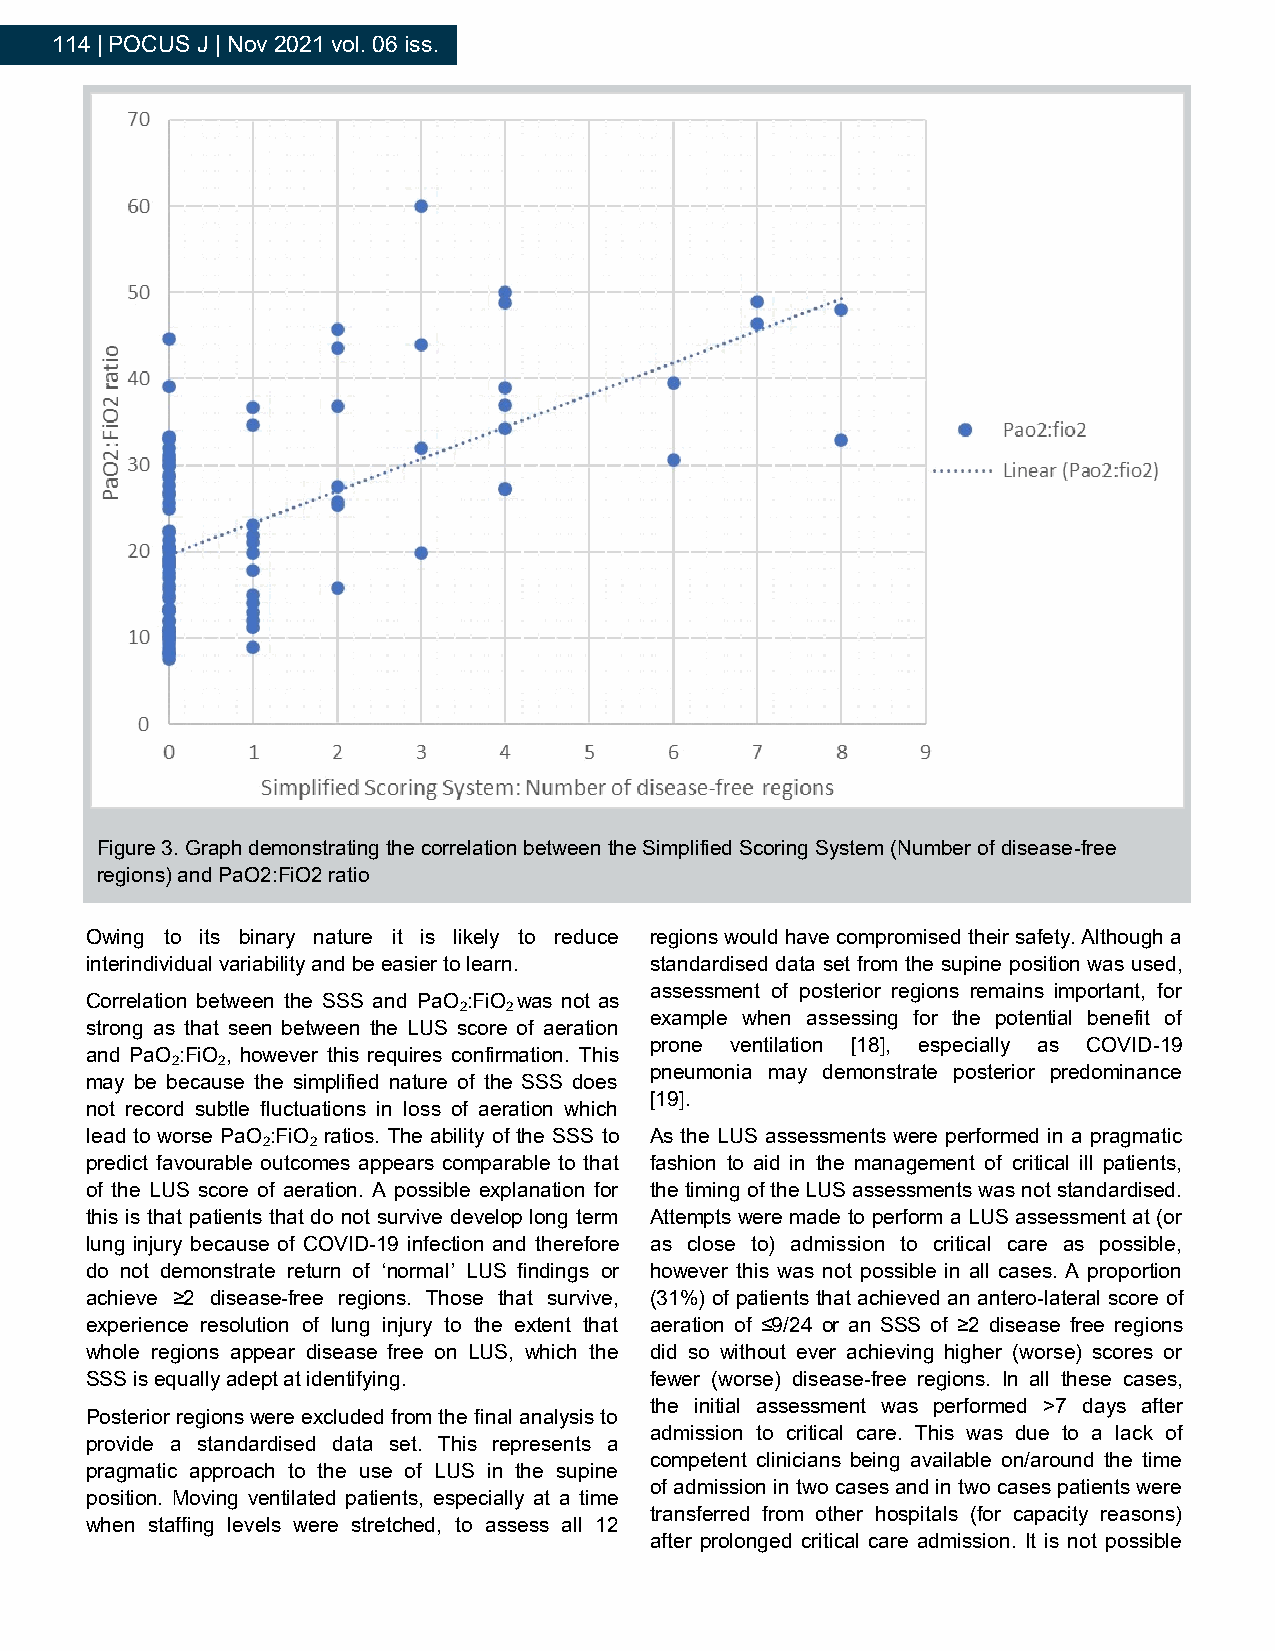
114 | POCUS J | Nov 2021 vol. 06 iss.
 Figure 3. Graph demonstrating the correlation between the Simplified Scoring System (Number of disease-free
 regions) and PaO2:FiO2 ratio
 Owing to its binary nature it is likely to reduce regions would have compromised their safety. Although a
 interindividual variability and be easier to learn. standardised data set from the supine position was used,
 assessment of posterior regions remains important, for
 Correlation between the SSS and PaO :FiO was not as
 2   2
 example when assessing for the potential benefit of
 strong as that seen between the LUS score of aeration
 prone ventilation [18], especially as COVID-19
 and PaO :FiO , however this requires confirmation. This
 2  2
 pneumonia may demonstrate posterior predominance
 may be because the simplified nature of the SSS does
 [19].
 not record subtle fluctuations in loss of aeration which
 lead to worse PaO :FiO ratios. The ability of the SSS to As the LUS assessments were performed in a pragmatic
 2   2
 predict favourable outcomes appears comparable to that fashion to aid in the management of critical ill patients,
 of the LUS score of aeration. A possible explanation for the timing of the LUS assessments was not standardised.
 this is that patients that do not survive develop long term Attempts were made to perform a LUS assessment at (or
 lung injury because of COVID-19 infection and therefore as close to) admission to critical care as possible,
 do not demonstrate return of ‘normal’ LUS findings or however this was not possible in all cases. A proportion
 achieve ≥2 disease-free regions. Those that survive, (31%) of patients that achieved an antero-lateral score of
 experience resolution of lung injury to the extent that aeration of ≤9/24 or an SSS of ≥2 disease free regions
 whole regions appear disease free on LUS, which the did so without ever achieving higher (worse) scores or
 SSS is equally adept at identifying. fewer (worse) disease-free regions. In all these cases,
 the initial assessment was performed >7 days after
 Posterior regions were excluded from the final analysis to
 admission to critical care. This was due to a lack of
 provide a standardised data set. This represents a
 competent clinicians being available on/around the time
 pragmatic approach to the use of LUS in the supine
 of admission in two cases and in two cases patients were
 position. Moving ventilated patients, especially at a time
 transferred from other hospitals (for capacity reasons)
 when staffing levels were stretched, to assess all 12
 after prolonged critical care admission. It is not possible